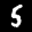
Label: 5